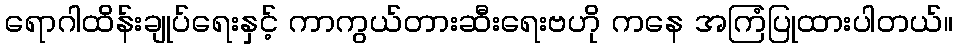
ရောဂါထိန်းချုပ်ရေးနှင့် ကာကွယ်တားဆီးရေးဗဟို ကနေ အကြံပြုထားပါတယ်။